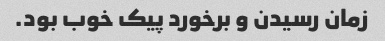
زمان رسیدن و برخورد پیک خوب بود.